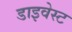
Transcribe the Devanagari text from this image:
डाइवेस्ट